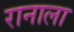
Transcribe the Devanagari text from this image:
रानाला